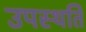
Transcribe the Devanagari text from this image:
उपस्थति